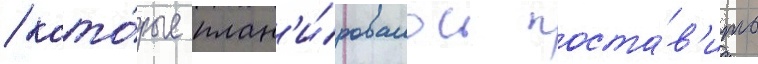
/ кото́рые план'и́ровалось поста́в'ить